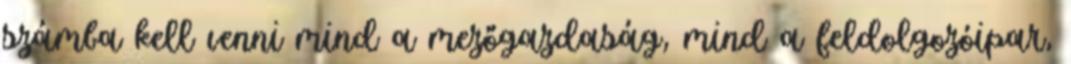
számba kell venni mind a mezőgazdaság, mind a feldolgozóipar,